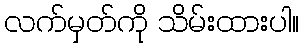
လက်မှတ်ကို သိမ်းထားပါ။